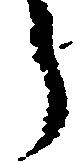
う